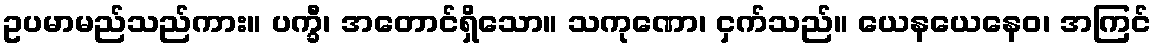
ဥပမာမည်သည်ကား။ ပက္ခီ၊ အတောင်ရှိသော။ သကုဏော၊ ငှက်သည်။ ယေနယေနေဝ၊ အကြင်